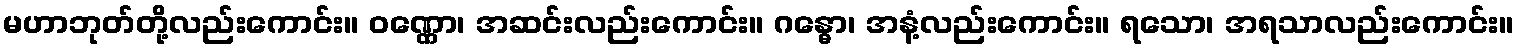
မဟာဘုတ်တို့လည်းကောင်း။ ဝဏ္ဏော၊ အဆင်းလည်းကောင်း။ ဂန္ဓော၊ အနံ့လည်းကောင်း။ ရသော၊ အရသာလည်းကောင်း။